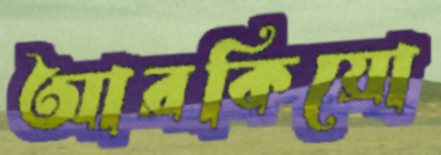
আরকিয়ো